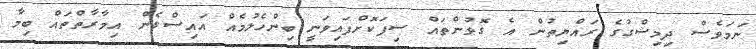
ނަމަވެސް ދިމިޝްގުގެ ރައްޔިތުން އެ ގޮވުންތައް ސިފަކޮށްފައިވަނީ ބިންހެލުމެއް އައިސްގެން އިމާރާތްތައް ބިމާ